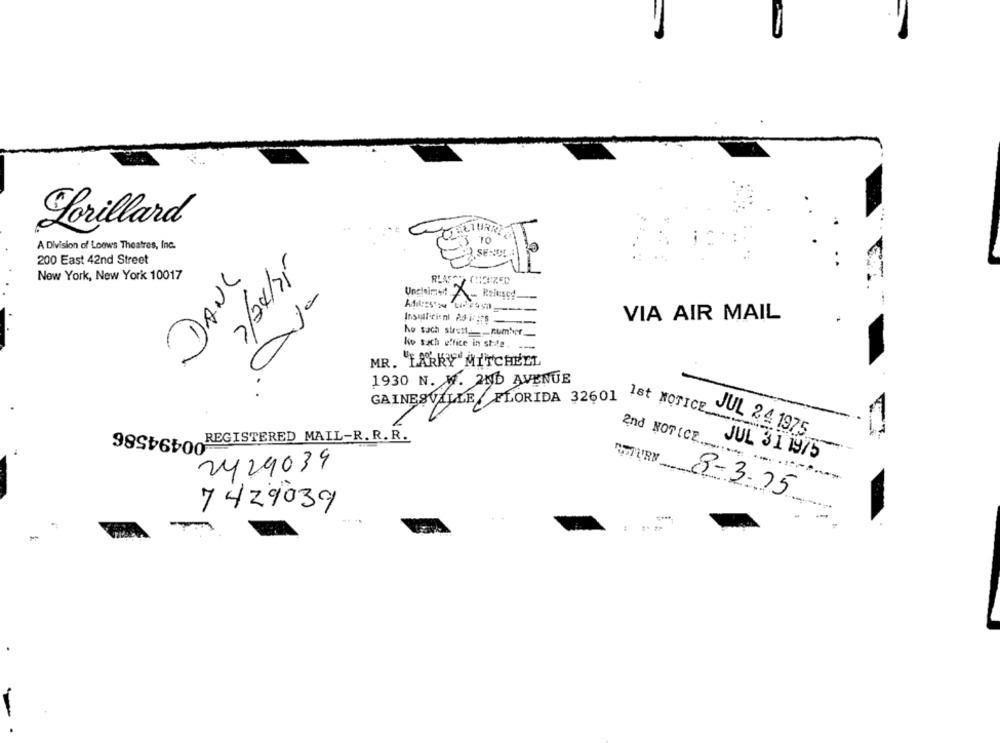
Lorillard
A Division of Loews Theatres, Inc.
23 10
200 East 42nd Street
New York, New York 10017
DANS
DA
VIA AIR MAIL
Insufficient 23175-
No sach sistt __ number
ko sach office in state.
MR. LARRY MITCHELL
. -
1930 N. W. 2ND AVENUE
GAINESVILLE/ FLORIDA 32601 NOTICE
JUL 2 4 1975
98Sb6 REGISTERED MAIL-R. R.R.
and NOTICE
JUL 31 19/5
2429039
8-3-75
7429039
-